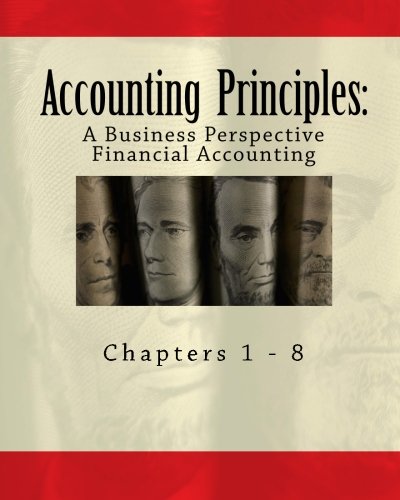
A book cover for Accounting Principles: A Business Perspective, Financial Accounting (Chapters 1 - 8): An Open College Textbook (Irwin\Mcgraw-Hill Series in Principals of Accounting); James Don Edwards PhD; Business & Money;